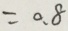
= 0 . 8